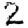
Digit: 2